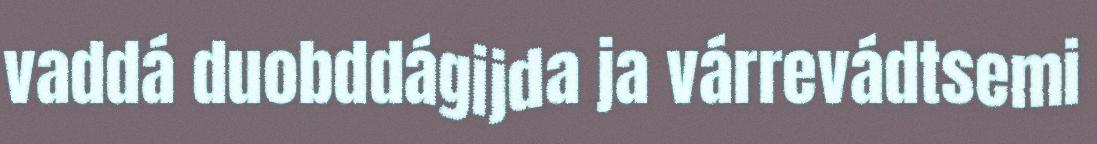
vaddá duobddágijda ja várrevádtsemi